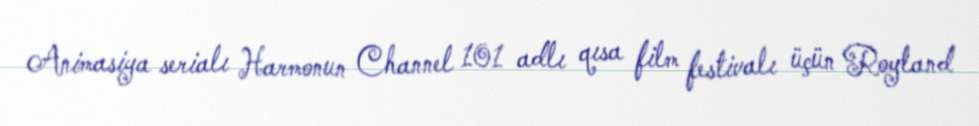
Animasiya serialı Harmonun Channel 101 adlı qısa film festivalı üçün Royland